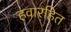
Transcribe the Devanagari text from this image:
हवारहित